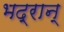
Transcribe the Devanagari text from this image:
भद्रान्